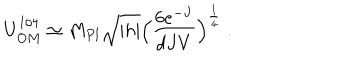
LaTeX: U _ { O M } ^ { 1 / 4 } \simeq M _ { P l } \sqrt { | h | } \Big ( \frac { 6 e ^ { - J } } { d J V } \Big ) ^ { \frac { 1 } { 4 } } \; .